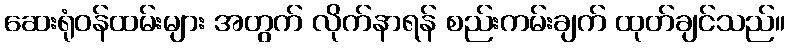
ဆေးရုံဝန်ထမ်းများ အတွက် လိုက်နာရန် စည်းကမ်းချက် ထုတ်ချင်သည်။